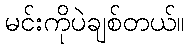
မင်းကိုပဲချစ်တယ်။